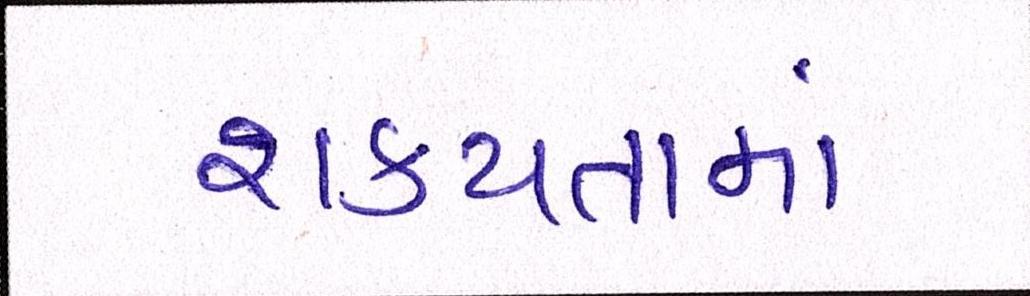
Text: શકયતામાં